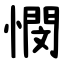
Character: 憫